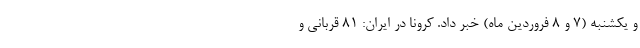
و یکشنبه (۷ و ۸ فروردین ماه) خبر داد. کرونا در ایران: ۸۱ قربانی و